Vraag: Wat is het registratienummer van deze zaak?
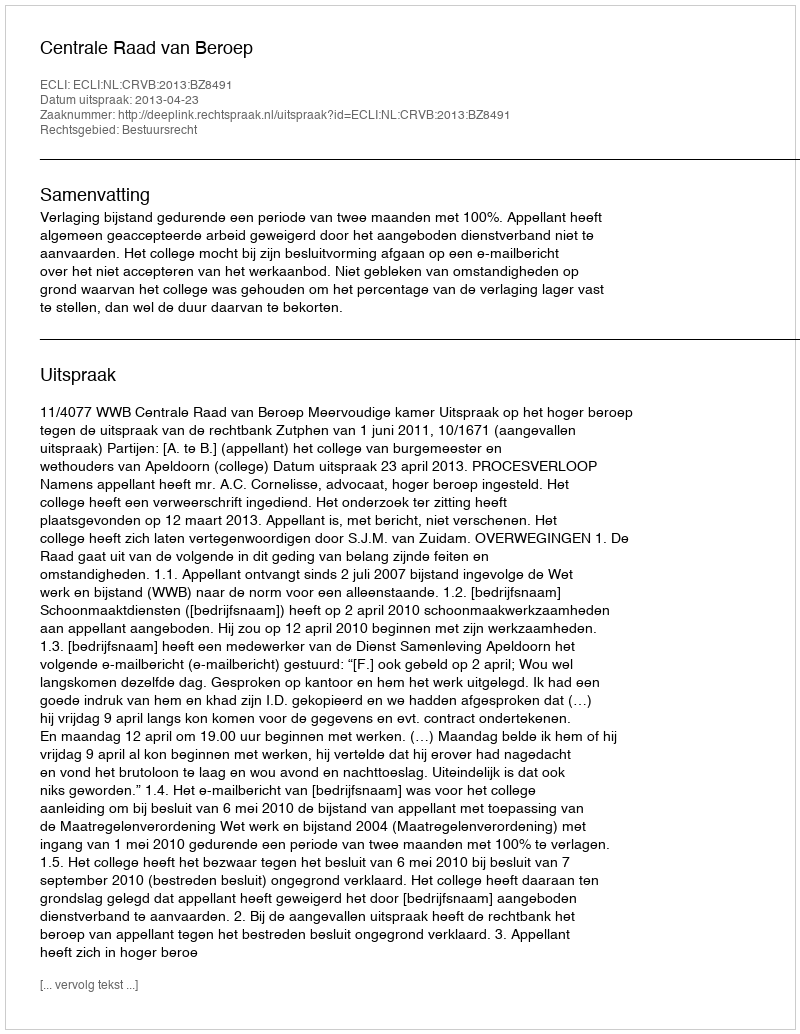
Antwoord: http://deeplink.rechtspraak.nl/uitspraak?id=ECLI:NL:CRVB:2013:BZ8491